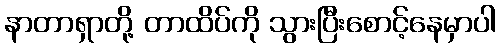
နာတာရှာတို့ တာထိပ်ကို သွားပြီးစောင့်နေမှာပါ